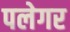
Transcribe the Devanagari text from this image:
पलेगर